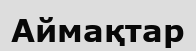
Аймақтар